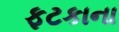
ફટકાના